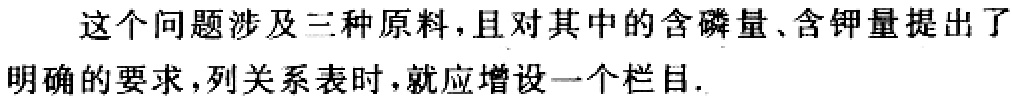
这个问题涉及三种原料，且对其中的含磷量、含钾量提出了明确的要求，列关系表时，就应增设一个栏目.